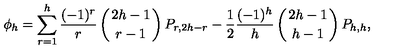
\phi _ { h } = \sum _ { r = 1 } ^ { h } { \frac { ( - 1 ) ^ { r } } { r } } \left( { 2 h - 1 \atop r - 1 } \right) P _ { r , 2 h - r } - { \frac { 1 } { 2 } } { \frac { ( - 1 ) ^ { h } } { h } } \left( { 2 h - 1 \atop h - 1 } \right) P _ { h , h } ,